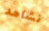
نشاهد